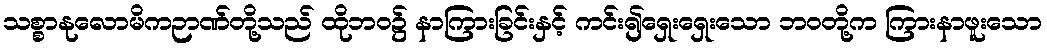
သစ္စာနုလောမိကဉာဏ်တို့သည် ထိုဘဝ၌ နာကြားခြင်းနှင့် ကင်း၍ရှေးရှေးသော ဘဝတို့က ကြားနာဖူးသော